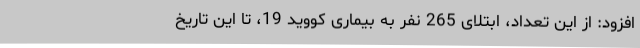
افزود: از این تعداد، ابتلای 265 نفر به بیماری کووید 19، تا این تاریخ